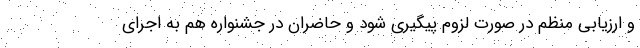
و ارزیابی منظم در صورت لزوم پیگیری شود و حاضران در جشنواره هم به اجرای